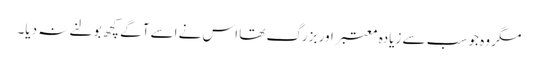
مگر وہ جو سب سے زیادہ معتبر اور بزرگ تھا اس نے اسے آگے کچھ بولنے نہ دیا۔